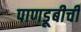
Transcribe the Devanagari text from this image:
पाणडूबीची